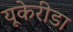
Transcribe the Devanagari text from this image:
यूकेरीडा